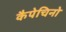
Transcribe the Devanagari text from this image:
कैपेचिनो